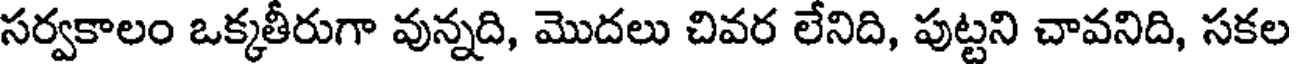
సర్వకాలం ఒక్కతీరుగా వున్నది, మొదలు చివర లేనిది, పుట్టని చావనిది, సకల